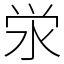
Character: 泶